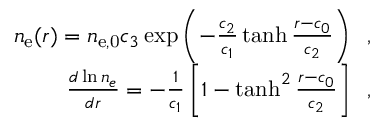
\begin{array} { r } { n _ { \mathrm { { e } } } ( r ) = n _ { \mathrm { { e } , 0 } } c _ { 3 } \exp \left( - \frac { c _ { 2 } } { c _ { 1 } } \operatorname { t a n h } \frac { r - c _ { 0 } } { c _ { 2 } } \right) \; \; , } \\ { \frac { d \ln n _ { e } } { d r } = - \frac { 1 } { c _ { 1 } } \left[ 1 - \operatorname { t a n h } ^ { 2 } \frac { r - c _ { 0 } } { c _ { 2 } } \right] \; \; , } \end{array}